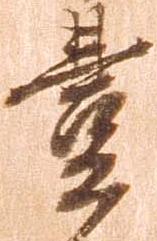
豊